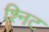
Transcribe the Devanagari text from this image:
श्निट